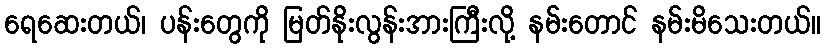
ရေဆေးတယ်၊ ပန်းတွေကို မြတ်နိုးလွန်းအားကြီးလို့ နမ်းတောင် နမ်းမိသေးတယ်။